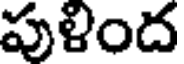
పుళింద